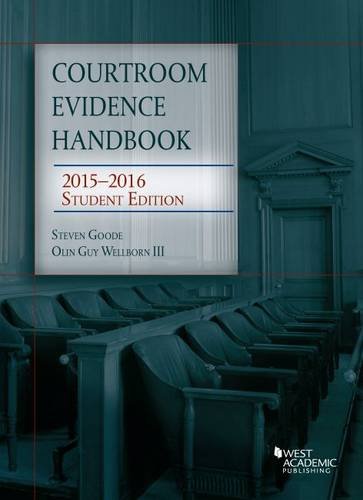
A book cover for Courtroom Evidence Handbook (Selected Statutes); Steven Goode; Law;